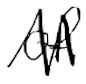
Text: of
Cross-out: zig-zag
Writing tool: digital_black